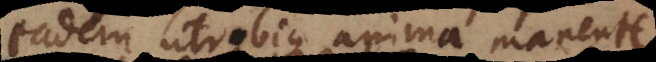
dem utrobique anima manente,